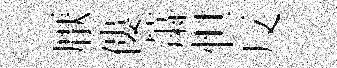
厭僂䔥怛反